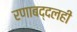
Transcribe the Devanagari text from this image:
रणाबद्दलही